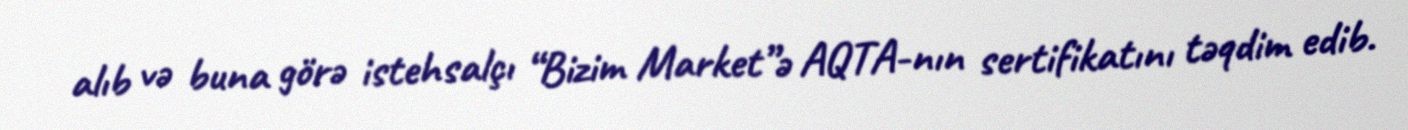
alıb və buna görə istehsalçı “Bizim Market”ə AQTA-nın sertifikatını təqdim edib.